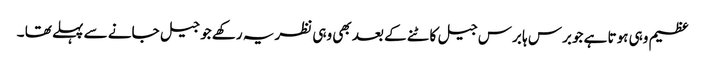
عظیم وہی ہوتا ہے جوبرس ہا برس جیل کاٹنے کے بعد بھی وہی نظریہ رکھے جو جیل جانے سے پہلے تھا ۔